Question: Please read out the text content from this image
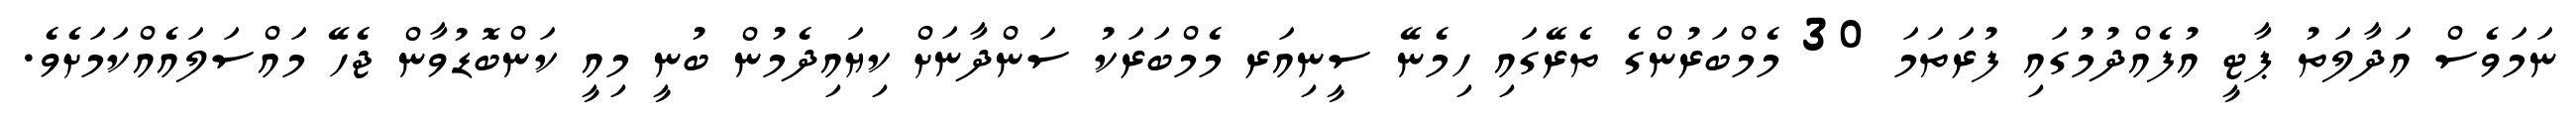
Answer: ނަމަވެސް އަދާލަތު ޕާޓީ އުފެއްދުމުގައި ފުރަތަމަ 30 މެމްބަރުންގެ ތެރޭގައި ހިމެނޭ ސީނިއަރ މެމްބަރަކު ސަންދާނަށް ކިޔައިދެމުން ބުނީ މިއީ ކަންބޮޑުވާން ޖެހޭ މައްސަލައެއްކަމަށެވެ.